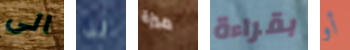
الى لذا ميزة بقراءة أو